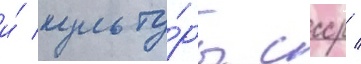
и́ культу́ры ссср /